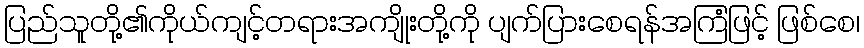
ပြည်သူတို့၏ကိုယ်ကျင့်တရားအကျိုးတို့ကို ပျက်ပြားစေရန်အကြံဖြင့် ဖြစ်စေ၊